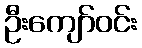
ဦးကျော်ဝင်း